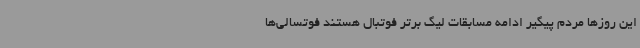
این روزها مردم پیگیر ادامه مسابقات لیگ برتر فوتبال هستند فوتسالی‌ها